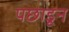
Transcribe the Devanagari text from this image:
पछाडून